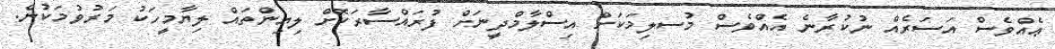
ޢެއްވެސް އަސަރެއް ނުކުރާނެ އެއްވެސް މުސލިމަކަށް އިސްލާމްދީނަށް ފުރައްސާރަކޮށް ލިޔިންތައް ލިޔާމީހަކު މަރުވުމަކުން.